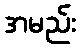
အမည်း